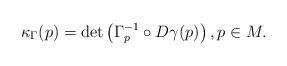
LaTeX: \begin{align*}\kappa_{\Gamma}(p) = \det \left( \Gamma_p^{-1} \circ D \gamma(p) \right), p \in M.\end{align*}